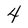
Character: 4